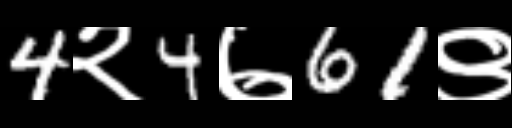
Text: 4२4७61९